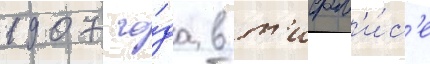
1907 го́да в т'ифл'и́с'е